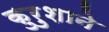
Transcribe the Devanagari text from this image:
कुरुशाने